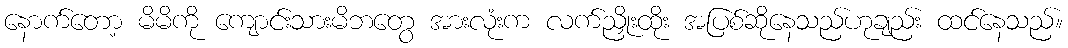
နောက်တော့ မိမိကို ကျောင်းသားမိဘတွေ အားလုံးက လက်ညှိုးထိုး အပြစ်ဆိုနေသည်ဟုချည်း ထင်နေသည်။